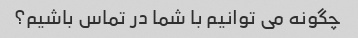
چگونه می توانیم با شما در تماس باشیم؟